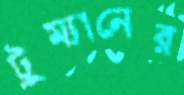
ট্রুম্যানের